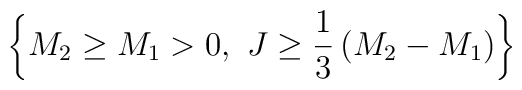
\left\{M_2\ge M_1>0,~J\ge {1\over 3}\left(M_2-M_1\right)\right\}